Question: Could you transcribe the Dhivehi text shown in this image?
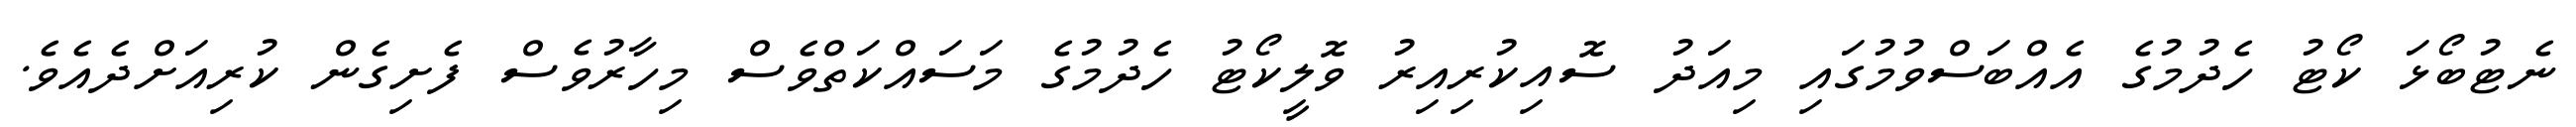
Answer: ނެޓުބޯޅަ ކޯޓު ހެދުމުގެ އެއްބަސްވުމުގައި މިއަދު ސޮއިކުރިއިރު ވޮލީކޯޓު ހެދުމުގެ މަސައްކަތްވެސް މިހާރުވެސް ފެށިގެން ކުރިއަށްދެއެވެ.